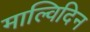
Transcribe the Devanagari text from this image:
माल्विदिन